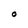
Character: O